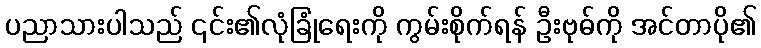
ပညာသားပါသည် ၎င်း၏လုံခြုံရေးကို ကွမ်းစိုက်ရန် ဦးဗုဓ်ကို အင်တာပို၏